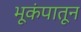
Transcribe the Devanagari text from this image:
भूकंपातून